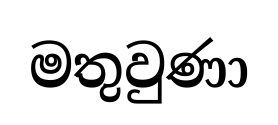
මතුවුණා